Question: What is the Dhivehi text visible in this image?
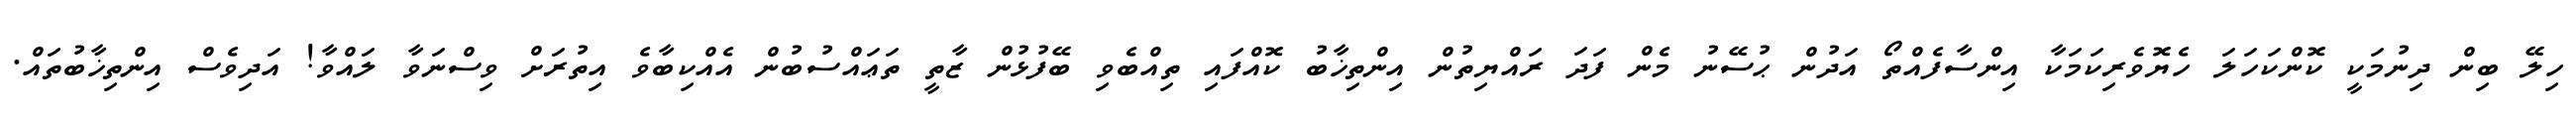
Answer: ހިލޭ ބިން ދިނުމަކީ ކޮންކަހަލަ ހެޔޮވެރިކަމަކާ އިންސާފެއްތޯ އަދުން ޙުސޭނު މެން ފަދަ ރައްޔިތުން އިންތިޚާބު ކޮއްފައި ތިއްބެވި ބޭފުޅުން ޒާތީ ތަޢައްސުބުން އެއްކިބާވެ އިތުރަށް ވިސްނަވާ ލައްވާ! އަދިވެސް އިންތިޚާބުތައް.